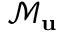
\mathcal { M } _ { \bf u }